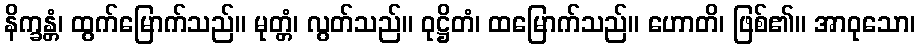
နိက္ခန္တံ၊ ထွက်မြောက်သည်။ မုတ္တံ၊ လွတ်သည်။ ဝုဋ္ဌိတံ၊ ထမြောက်သည်။ ဟောတိ၊ ဖြစ်၏။ အာဝုသော၊